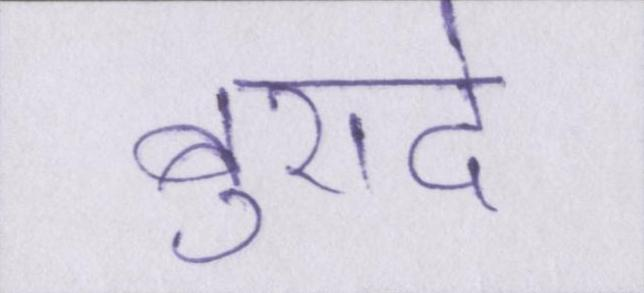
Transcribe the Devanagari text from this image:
बुरादे